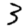
Digit: 3